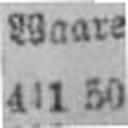
441 50